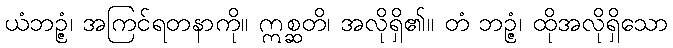
ယံဘဉ္ဇံ၊ အကြင်ရတနာကို။ ဣစ္ဆတိ၊ အလိုရှိ၏။ တံ ဘဉ္ဇံ၊ ထိုအလိုရှိသော